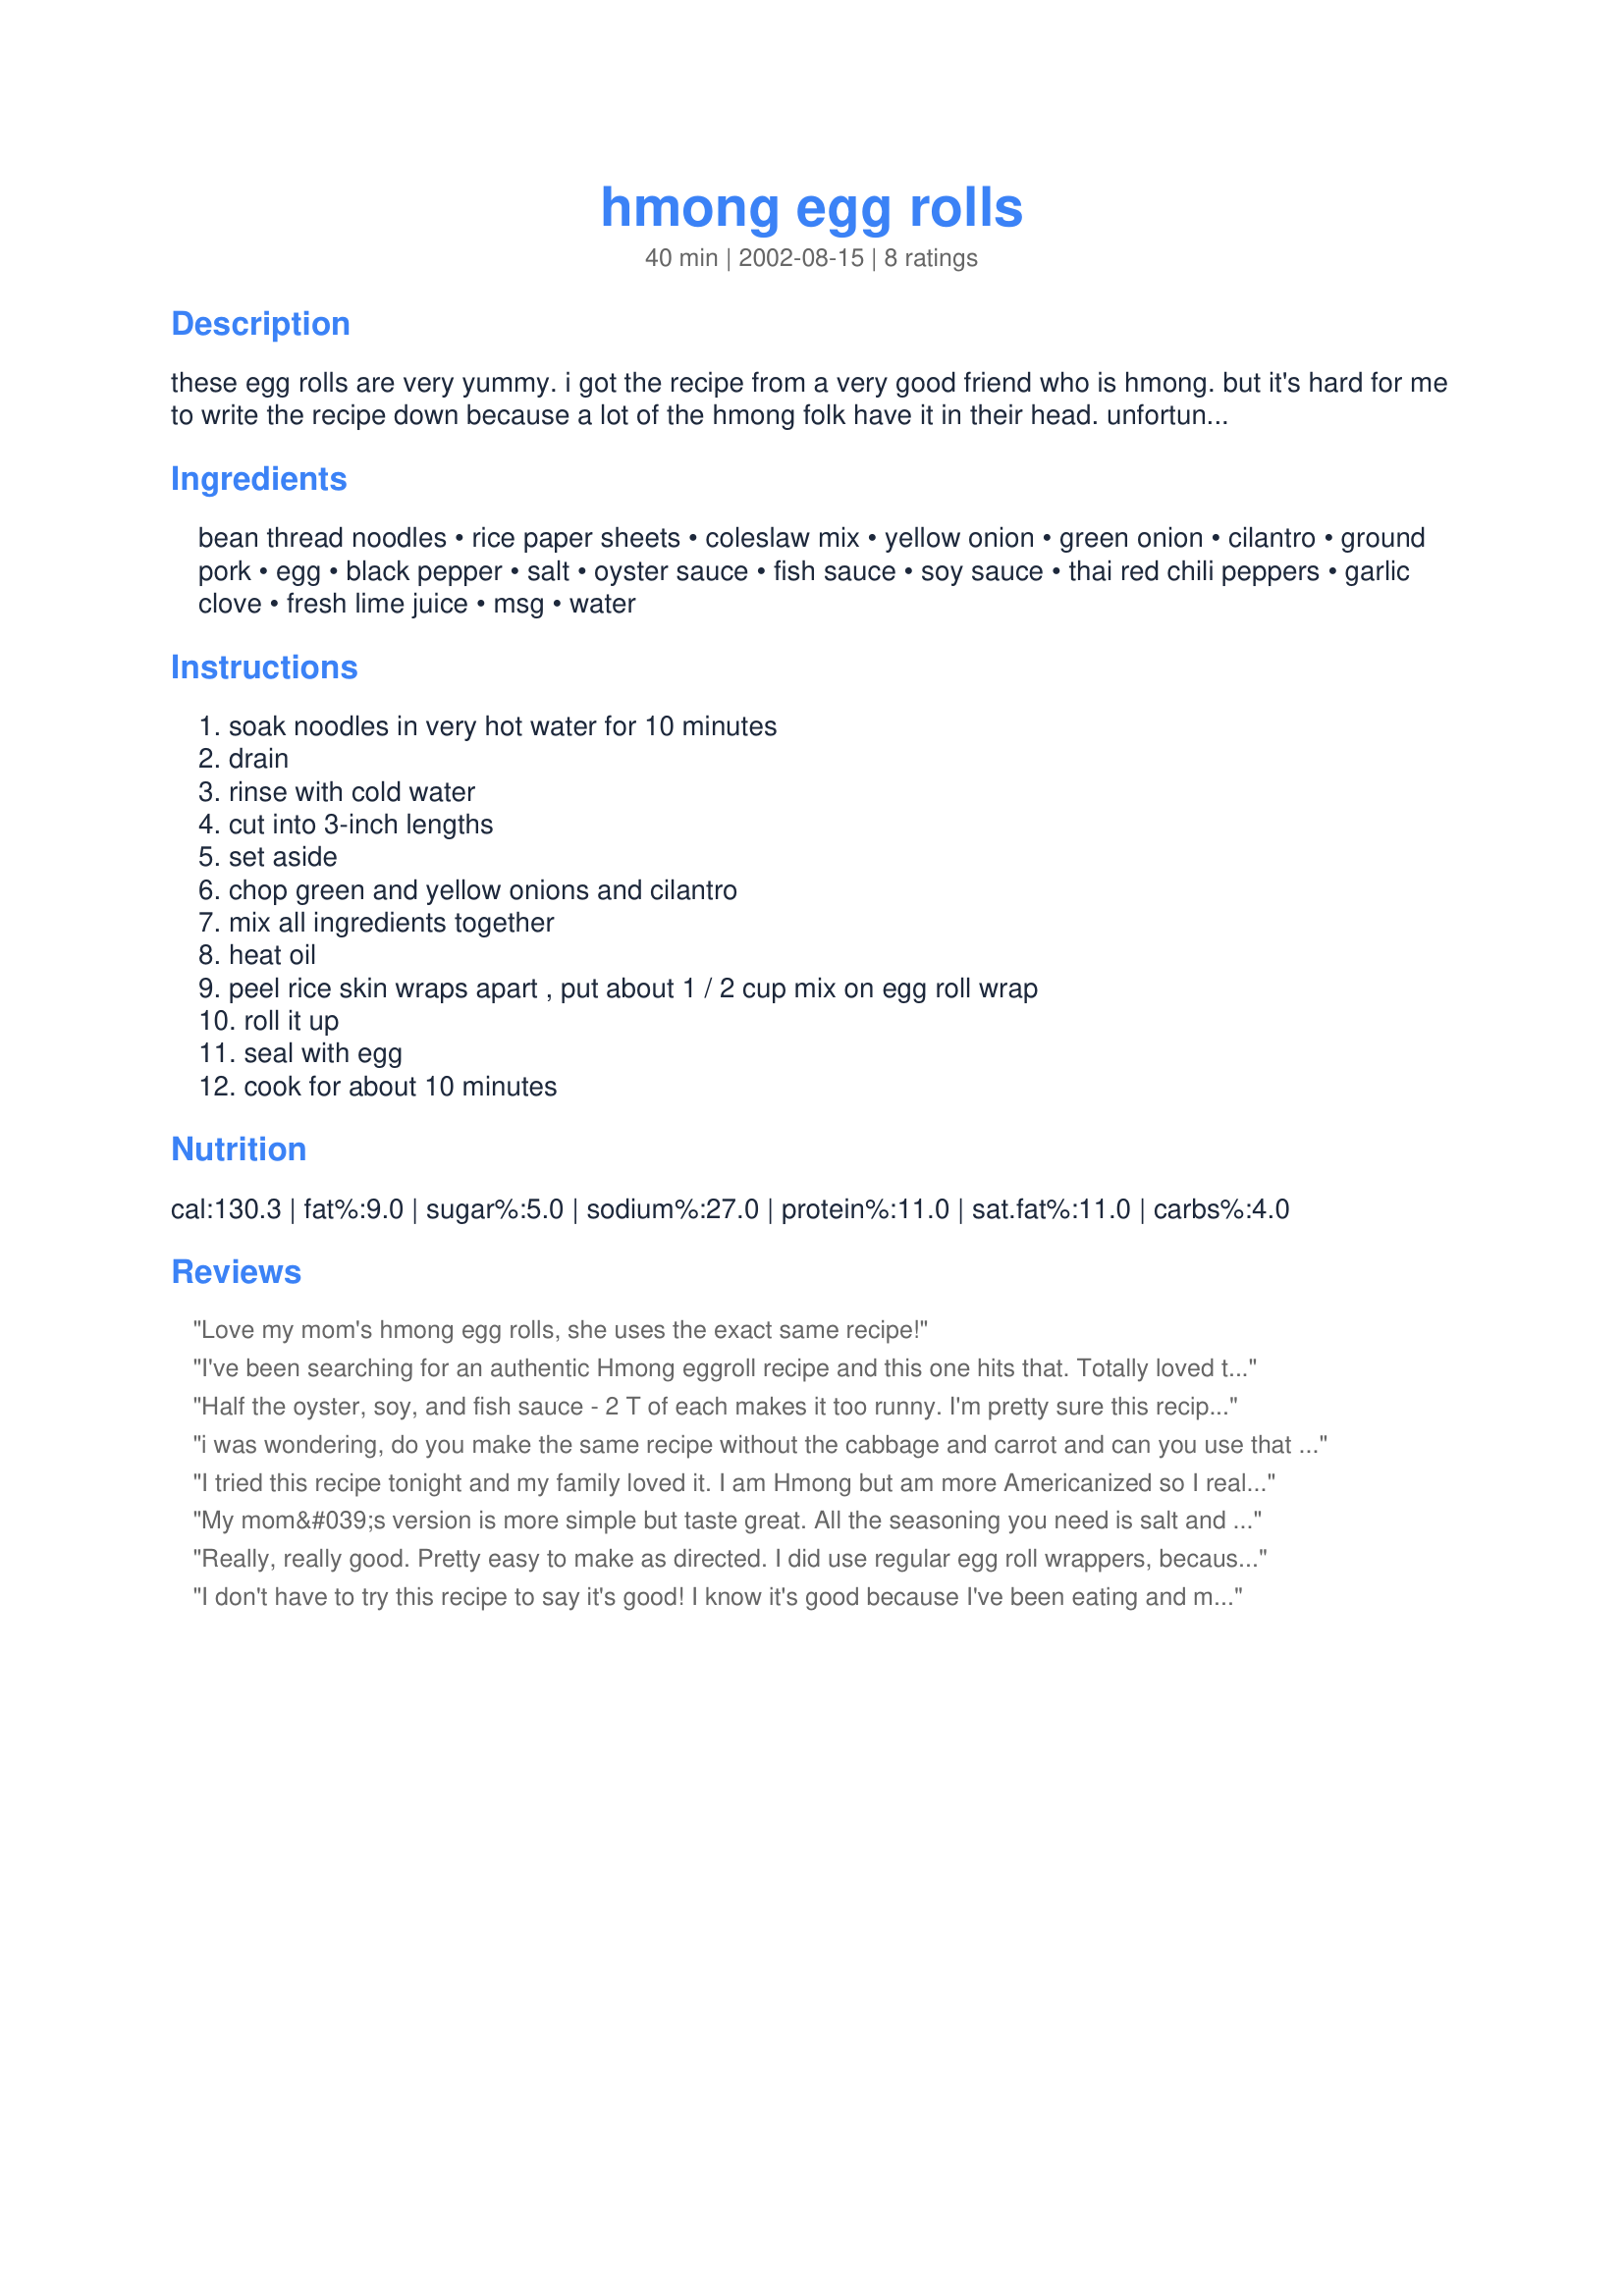
hmong egg rolls
Preparation time: 40 minutes

these egg rolls are very yummy. i got the recipe from a very good friend who is hmong. but it's hard for me to write the recipe down because a lot of the hmong folk have it in their head. unfortunately so do i.: )

Ingredients:
bean thread noodles, rice paper sheets, coleslaw mix, yellow onion, green onion, cilantro, ground pork, egg, black pepper, salt, oyster sauce, fish sauce, soy sauce, thai red chili peppers, garlic clove, fresh lime juice, msg, water

Steps:
soak noodles in very hot water for 10 minutes, drain, rinse with cold water, cut into 3-inch lengths, set aside, chop green and yellow onions and cilantro, mix all ingredients together, heat oil, peel rice skin wraps apart , put about 1 / 2 cup mix on egg roll wrap, roll it up, seal with egg, cook for about 10 minutes

Reviews:
Love my mom's hmong egg rolls, she uses the exact same recipe!
I've been searching for an authentic Hmong eggroll recipe and this one hits that. Totally loved the original recipe here.. surprisingly, it isn't too salty, its just right. I think, if you're a meat lover, go ahead and use 2 lbs of pork, but then you'd have to add a little bit more salt/seasonings to compensate. <br/><br/>Here's a tip on the The rice paper sheets, if you're not familiar/NEWB, you shouldn't mistake it for the clear rice paper sheets that are used particularly for spring rolls. The eggroll wraps are in the frozen aisle and most of the time the packages are listed as rice paper sheets (at oriental stores).<br/><br/>I didn't make the sauce, so don't know how that one goes.
Half the oyster, soy, and fish sauce - 2 T of each makes it too runny. I'm pretty sure this recipe makes more like 50 eggrolls instead of just 24. It's a good recipe to use. Taste (almost) just like mom's. Also, practice rolling! Make sure the rolls are pretty tight before sealing and frying.
i was wondering, do you make the same recipe without the cabbage and carrot and can you use that to make hmong style stuffed chicken wings??? my grandma was the only person in our family who ever made them and she only made them for hmong og parties and she is getting along in her years and i wish i knew how to make them
I tried this recipe tonight and my family loved it. I am Hmong but am more Americanized so I really didn't know how to make egg rolls by scratch. Thanks for sharing this recipe. I love it! God bless!
My mom&#039;s version is more simple but taste great. All the seasoning you need is salt and pepper. You take the basic ingredients listed here: copped cabbage, shredded carrots, chopped yellow onion, cellophane noodles and pork, mix it up seasoned with salt and pepper, crack in the eggs and that&#039;s it. The eggs will act as a binder for the filling as well as making the filling a little wetter so you want the filling to be as dry as possible before hand. If the mixture is too wet, your wrappers will start to crack before it&#039;s cooked resulting in filling spilling out into the cooking oil. The secret to a &quot;dry&quot; filling is in how you prepare the cellophane noodles. You need to soak them in very hot water like the recipe says, but only for 5 mins and after draining the water out, DO NOT FLUSH WITH COLD WATER. The noodles will continue to soak up whatever water&#039;s left at the bottom of the bowl and you will have a dryer base to work with. Also, if the raw pork mix gives you the ick factor, you can always cook the pork ahead of time and mix it in with the rest of the ingredients.
Really, really good. Pretty easy to make as directed. I did use regular egg roll wrappers, because I cold not find rice paper near me and they were good, probably easier to roll for a fist time egg roll maker. I cooked them in my electric skillet at 350. The recipe however made 40 egg rolls and not 24 which I cooked and froze the extras so buy extra wrappers.
I don't have to try this recipe to say it's good! I know it's good because I've been eating and making the same eggrolls, give or take a few ingridents, for almost over 10 years. These are by far the best eggrolls you will ever eat. Every time I make it for someone new, they say the same.
